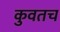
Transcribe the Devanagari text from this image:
कुवतच